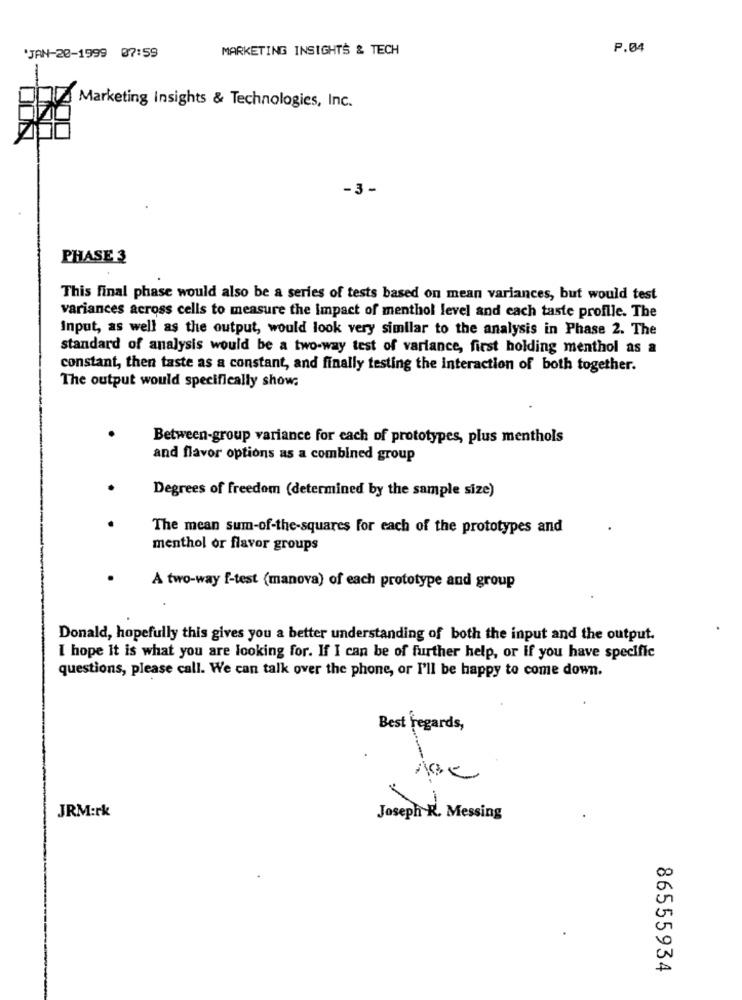
MARKETING INSIGHTS & TECH
P.04
JAN-20-1999 07:59
Marketing Insights & Technologies, Inc.
-3-
PHASE 3
This final phase would also be a series of tests based on mean variances, but would test
variances across cells to measure the Impact of menthol level and each taste profile. The
Input, as well as the output, would look very similar to the analysis in Phase 2. The
standard of analysis would be a two-way test of variance, first holding menthol as a
constant, then taste as a constant, and finally testing the interaction of both together.
The output would specifically show;
Between-group variance for each of prototypes, plus menthols
and flavor options as a combined group
Degrees of freedom (determined by the sample size)
The mean sum-of-the-squares for each of the prototypes and
menthol or flavor groups
A two-way f-test (manova) of each prototype and group
Donald, hopefully this gives you a better understanding of both the input and the output.
I hope It is what you are looking for. If I can be of further help, or if you have specific
questions, please call. We can talk over the phone, or I'll be happy to come down.
Best regards,
JRM:rk
Joseph R. Messing
00
0
86555934